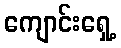
ကျောင်းရှေ့